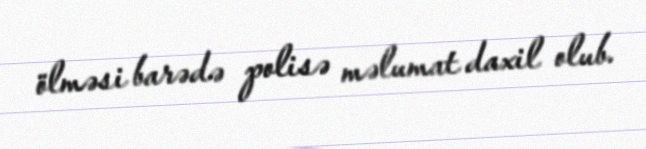
ölməsi barədə polisə məlumat daxil olub.